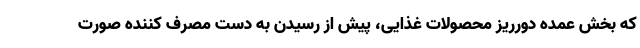
که بخش عمده دورریز محصولات غذایی، پیش از رسیدن به دست مصرف کننده صورت